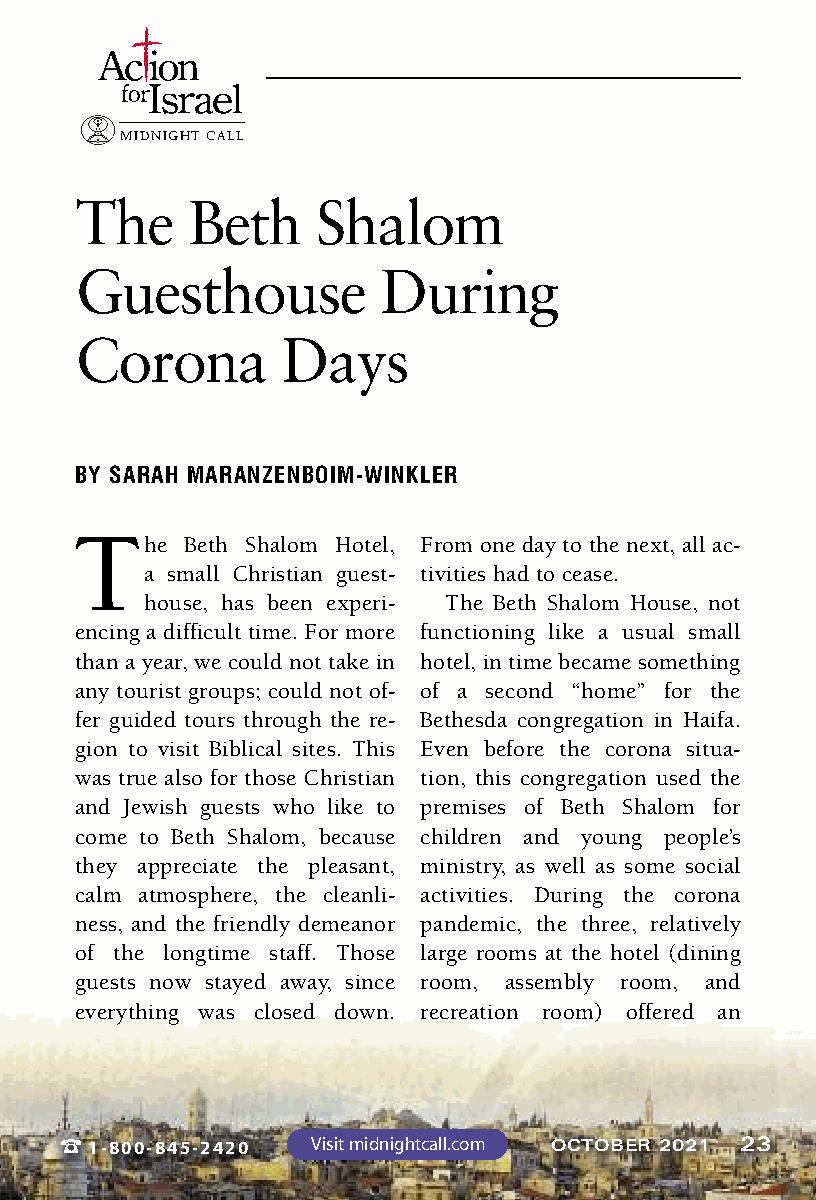
I srael
 MIDNIGHT CALL
 The    Beth     Shalom
 Guesthouse          During
 Corona        Days
 BY SARAH MARANZENBOIM-WINKLER
 T
 he Beth Shalom Hotel, From one day to the next, all ac-
 a small Christian guest- tivities had to cease.
 house, has been experi- The Beth Shalom House, not
 encing a difficult time. For more functioning like a usual small
 than a year, we could not take in hotel, in time became something
 any tourist groups; could not of- of a second “home” for the
 fer guided tours through the re- Bethesda congregation in Haifa.
 gion to visit Biblical sites. This Even before the corona situa-
 was true also for those Christian tion, this congregation used the
 and Jewish guests who like to premises of Beth Shalom for
 come to Beth Shalom, because children and young people’s
 they appreciate the pleasant, ministry, as well as some social
 calm atmosphere, the cleanli- activities. During the corona
 ness, and the friendly demeanor pandemic, the three, relatively
 of the longtime staff. Those large rooms at the hotel (dining
 guests now stayed away, since room, assembly room, and
 everything was closed down. recreation room) offered an
 %1-800-845-2420  Visit midnightcall.com OCTOBER 2021 23